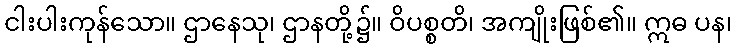
ငါးပါးကုန်သော။ ဌာနေသု၊ ဌာနတို့၌။ ဝိပစ္စတိ၊ အကျိုးဖြစ်၏။ ဣဓ ပန၊